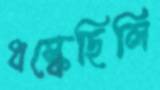
ধস্‌কেছিলি